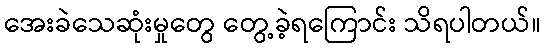
အေးခဲသေဆုံးမှုတွေ တွေ့ခဲ့ရကြောင်း သိရပါတယ်။